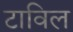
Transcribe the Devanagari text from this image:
टाविल